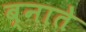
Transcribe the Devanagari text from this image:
ब्नाते